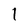
Character: l